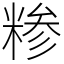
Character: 糁